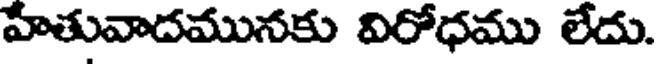
హేతువాదమునకు విరోధము లేదు.